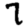
Digit: 7